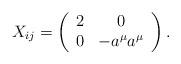
LaTeX: \begin{align*}X_{ij}=\left( \begin{array}{cc}2 & 0 \\ 0 & -a^{\mu}a^{\mu}\end{array}\right). \end{align*}